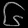
Digit: ၆